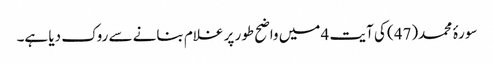
سورۂ محمد(47) کی آیت 4 میں واضح طور پر غلام بنانے سے روک دیا ہے۔